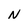
Character: N